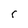
Character: r